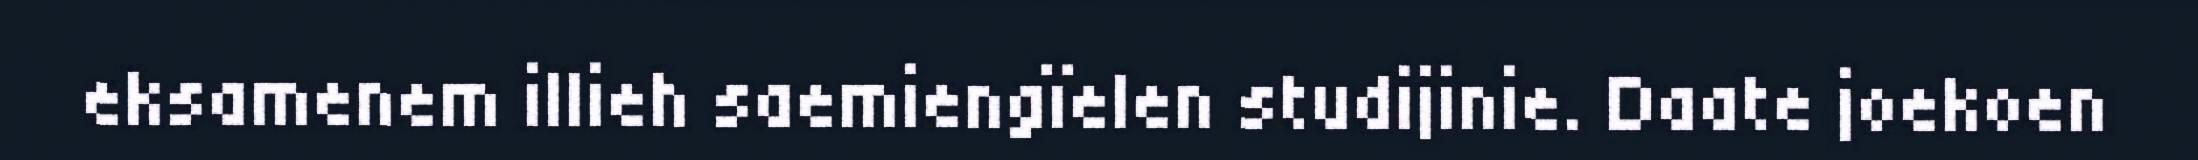
eksamenem illieh saemiengïelen studijinie. Daate joekoen